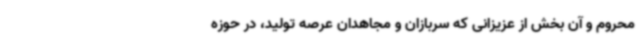
محروم و آن بخش از عزیزانی که سربازان و مجاهدان عرصه تولید، در حوزه